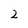
Character: 2